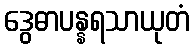
ဒွေဓာပန္နရသာယုတံ